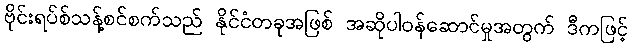
ဗိုင်းရပ်စ်သန့်စင်စက်သည် နိုင်ငံတခုအဖြစ် အဆိုပါဝန်ဆောင်မှုအတွက် ဒီကဖြင့်